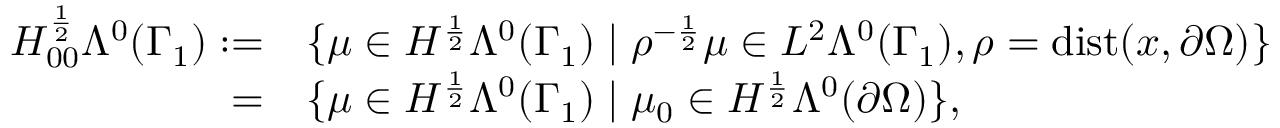
\begin{array} { r l } { H _ { 0 0 } ^ { \frac { 1 } { 2 } } \Lambda ^ { 0 } ( \Gamma _ { 1 } ) : = } & { { } \{ \mu \in H ^ { \frac { 1 } { 2 } } \Lambda ^ { 0 } ( \Gamma _ { 1 } ) \mid \rho ^ { - \frac { 1 } { 2 } } \mu \in L ^ { 2 } \Lambda ^ { 0 } ( \Gamma _ { 1 } ) , \rho = \mathrm { d i s t } ( x , \partial \Omega ) \} } \\ { = } & { { } \{ \mu \in H ^ { \frac { 1 } { 2 } } \Lambda ^ { 0 } ( \Gamma _ { 1 } ) \mid \mu _ { 0 } \in H ^ { \frac { 1 } { 2 } } \Lambda ^ { 0 } ( \partial \Omega ) \} , } \end{array}